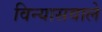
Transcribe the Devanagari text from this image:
विन्यासवाले